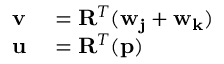
\begin{array} { r l } { \mathbf { v } } & { { } = \mathbf { R } ^ { T } ( \mathbf { w _ { j } } + \mathbf { w _ { k } } ) } \\ { \mathbf { u } } & { { } = \mathbf { R } ^ { T } ( \mathbf { p } ) } \end{array}